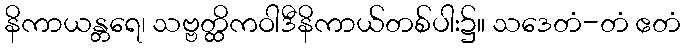
နိကာယန္တရေ၊ သဗ္ဗတ္ထိကဝါဒီနိကာယ်တစ်ပါး၌။ သဒေတံ-တံ ဧတံ